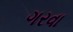
ગરવા